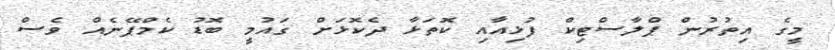
މީގެ އިތުރުން ޕްލާސްޓިކް ފުޅިއާއި ކޮތަޅާ ދެކޮޅަށް ގައުމީ ބޮޑު ކެމްޕޭނެއް ވެސް